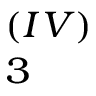
_ 3 ^ { ( I V ) }